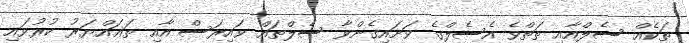
ތަކެއް ސެލްއާއި ތަތްވެ އެސެލްގެ ވަށައިގެންވާ ސެލްތައް ވައިރަސް އާއި ތަޣައްޔަރު ކުރުވައި